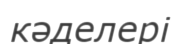
кәделері